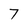
Character: 7